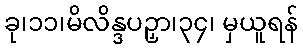
ခု၊၁၁၊မိလိန္ဒပဉှာ၊၃၄၊ မှယူရန်